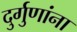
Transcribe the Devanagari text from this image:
दुर्गुणांना